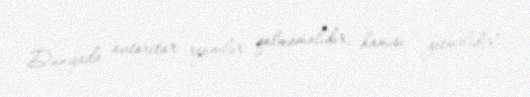
Dünyada avtoritar rejimlər qalmamalıdır, hamısı getməlidir”.